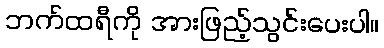
ဘက်ထရီကို အားဖြည့်သွင်းပေးပါ။